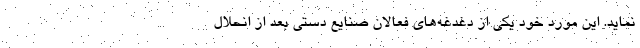
نماید. این مورد خود یکی از دغدغه‌های فعالان صنایع دستی بعد از انحلال